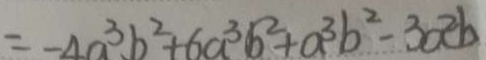
= - 4 a ^ { 3 } b ^ { 2 } + 6 a ^ { 3 } b ^ { 2 } + a ^ { 3 } b ^ { 2 } - 3 a ^ { 2 } b